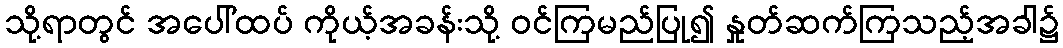
သို့ရာတွင် အပေါ်ထပ် ကိုယ့်အခန်းသို့ ဝင်ကြမည်ပြု၍ နှုတ်ဆက်ကြသည့်အခါ၌